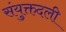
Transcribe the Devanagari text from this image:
संयुक्तदली